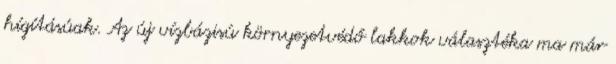
hígításúak. Az új vízbázisú környezetvédő lakkok választéka ma már